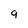
Character: g